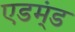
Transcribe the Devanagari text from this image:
एडम्ंड